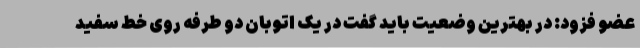
عضو فزود: در بهترین وضعیت باید گفت در یک اتوبان دو طرفه روی خط سفید